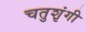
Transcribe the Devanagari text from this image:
चतुशृंगी